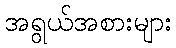
အရွယ်အစားများ